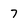
Character: 7